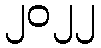
၂၀၂၂